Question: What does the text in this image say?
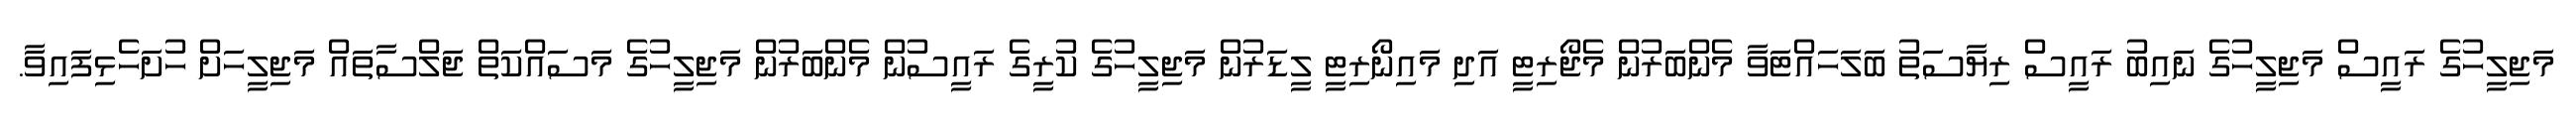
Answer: މަޖިލީހުގެ ރައީސް މަޖިލީހުގެ ނައިބު ރައީސް ރިޔާސަތު ބަލަހައްޓަވާ މެންބަރުން މެޖޯރިޓީ އަދި މައިނޯރިޓީ ލީޑަރުން މަޖިލީހުގެ ކުރީގެ ރައީސުން މެންބަރުން މަޖިލީހުގެ މަސައްކަތް ޖަލްސާތައް މަޖިލީހަށް ހުށަހެޅިފައިވާ.